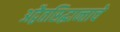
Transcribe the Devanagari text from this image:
अद्वैतसिद्धान्ताचे